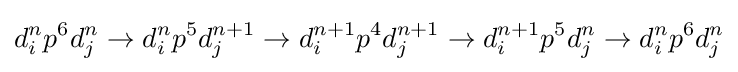
d_{i}^{n}p^{6}d_{j}^{n}\rightarrow d_{i}^{n}p^{5}d_{j}^{n+1}\rightarrow d_{i}^{n+1}p^{4}d_{j}^{n+1}\rightarrow d_{i}^{n+1}p^{5}d_{j}^{n}\rightarrow d_{i}^{n}p^{6}d_{j}^{n}